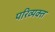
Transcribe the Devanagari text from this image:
परिव्यक्त